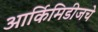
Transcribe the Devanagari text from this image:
आर्किमिडीजचे